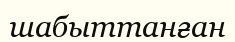
шабыттанған